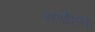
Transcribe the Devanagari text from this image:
रहवासियो